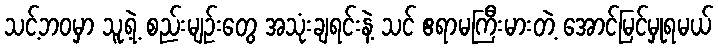
သင့်ဘဝမှာ သူ့ရဲ့ စည်းမျဉ်းတွေ အသုံးချရင်းနဲ့ သင် ဧရာမကြီးမားတဲ့ အောင်မြင်မှုရမယ်